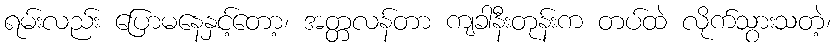
ရမ်းလည်း ပြောမနေနှင့်တော့၊ အတ္တလန်တာ ကျခါနီးတုန်းက တပ်ထဲ လိုက်သွားသတဲ့၊